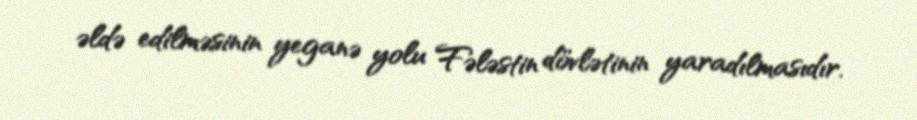
əldə edilməsinin yeganə yolu Fələstin dövlətinin yaradılmasıdır.